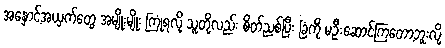
အနှောင့်အယှက်တွေ အမျိုးမျိုး ကြုံရလို့ သူတို့လည်း စိတ်ညစ်ပြီး ခြံကို မဦးဆောင်ကြတော့ဘူးလို့